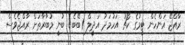
ރާއްޖޭ އަންހެން ޓީމުގެ ކޯޗު އަހުމަދު އަދީލް (ބޭބެ) ބުނީ މުބާރާތަށް ރާއްޖެވެސް